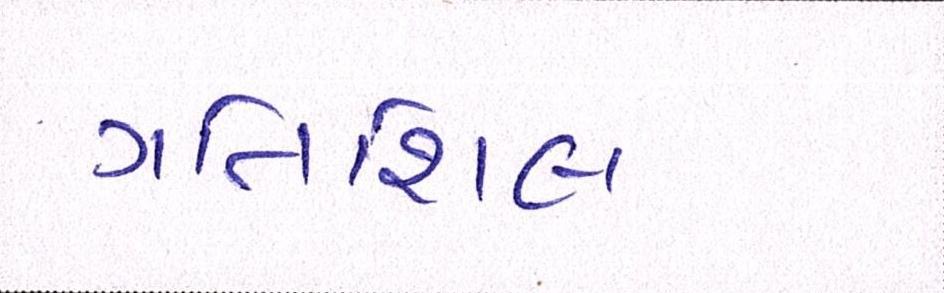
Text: ગતિશિલ